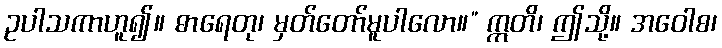
ဥပါသကာဟူ၍။ ဓာရေတု၊ မှတ်တော်မူပါလော။” ဣတိ၊ ဤသို့။ အဝေါစ၊